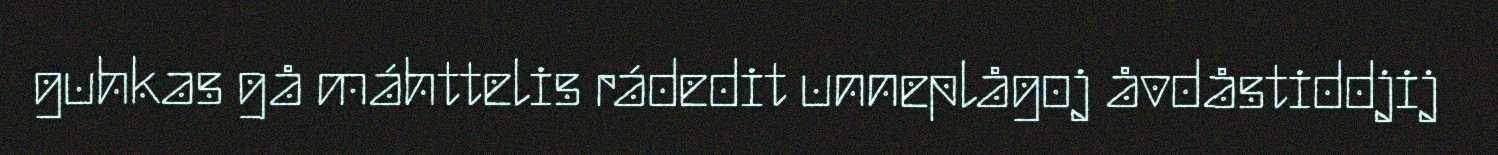
guhkas gå máhttelis rádedit unneplågoj åvdåstiddjij